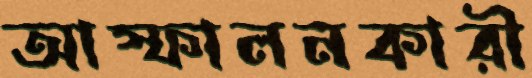
আস্ফালনকারী